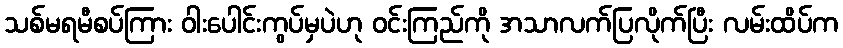
သစ်မရမီစပ်ကြား ဝါးပေါင်းကွပ်မှပဲဟု ဝင်းကြည်ကို အသာလက်ပြလိုက်ပြီး လမ်းထိပ်က